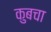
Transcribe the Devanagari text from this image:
कुबचा